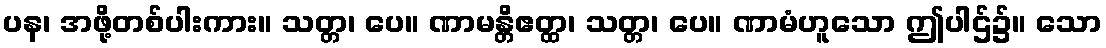
ပန၊ အဖို့တစ်ပါးကား။ သတ္တ၊ ပေ။ ဏာမန္တိဧတ္ထ၊ သတ္တ၊ ပေ။ ဏာမံဟူသော ဤပါဌ်၌။ သော